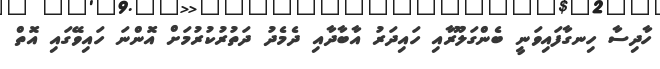
ހާދިސާ ހިނގާފައިވަނީ ބެންގަލޫރާއި ހައިދަރު އާބާދާއި ދެމެދު ދަތުރުކުރުމަށް އޮންނަ ހައިވޭގައި އޮތް